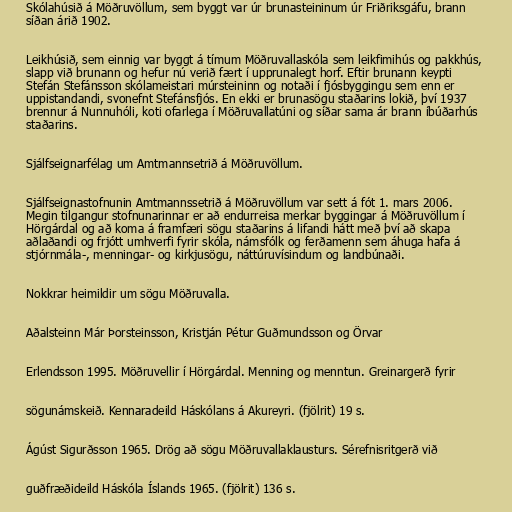
Skólahúsið á Möðruvöllum, sem byggt var úr brunasteininum úr Friðriksgáfu, brann
síðan árið 1902.

Leikhúsið, sem einnig var byggt á tímum Möðruvallaskóla sem leikfimihús og pakkhús,
slapp við brunann og hefur nú verið fært í upprunalegt horf. Eftir brunann keypti
Stefán Stefánsson skólameistari múrsteininn og notaði í fjósbyggingu sem enn er
uppistandandi, svonefnt Stefánsfjós. En ekki er brunasögu staðarins lokið, því 1937
brennur á Nunnuhóli, koti ofarlega í Möðruvallatúni og síðar sama ár brann íbúðarhús
staðarins.

Sjálfseignarfélag um Amtmannsetrið á Möðruvöllum.

Sjálfseignastofnunin Amtmannssetrið á Möðruvöllum var sett á fót 1. mars 2006.
Megin tilgangur stofnunarinnar er að endurreisa merkar byggingar á Möðruvöllum í
Hörgárdal og að koma á framfæri sögu staðarins á lifandi hátt með því að skapa
aðlaðandi og frjótt umhverfi fyrir skóla, námsfólk og ferðamenn sem áhuga hafa á
stjórnmála-, menningar- og kirkjusögu, náttúruvísindum og landbúnaði.

Nokkrar heimildir um sögu Möðruvalla.

Aðalsteinn Már Þorsteinsson, Kristján Pétur Guðmundsson og Örvar

Erlendsson 1995. Möðruvellir í Hörgárdal. Menning og menntun. Greinargerð fyrir

sögunámskeið. Kennaradeild Háskólans á Akureyri. (fjölrit) 19 s.

Ágúst Sigurðsson 1965. Drög að sögu Möðruvallaklausturs. Sérefnisritgerð við

guðfræðideild Háskóla Íslands 1965. (fjölrit) 136 s.